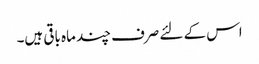
اس کے لئے صرف چند ماہ باقی ہیں۔